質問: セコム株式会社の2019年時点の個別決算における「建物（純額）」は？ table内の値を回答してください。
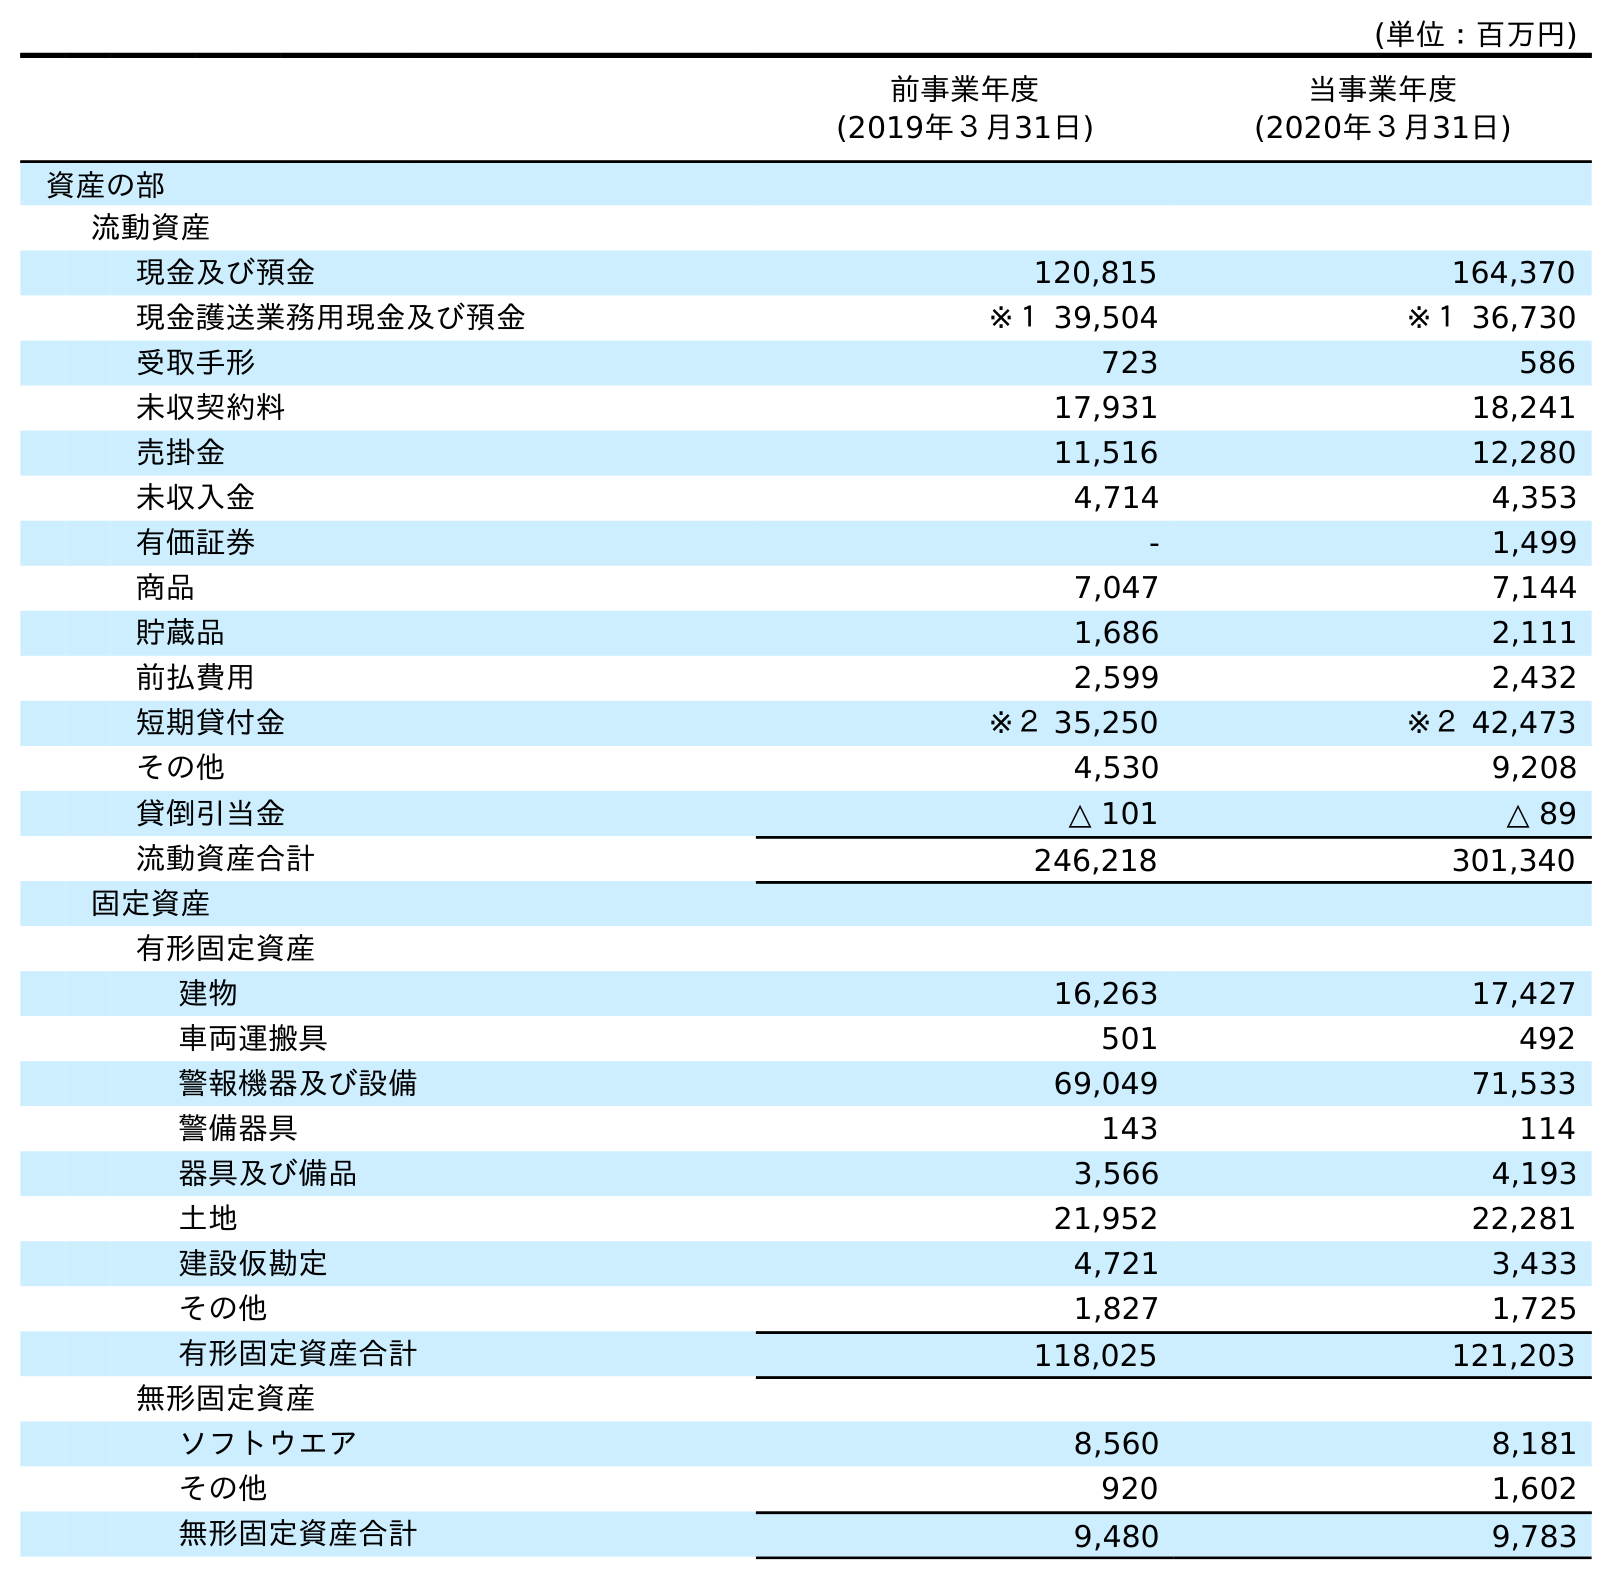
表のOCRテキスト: (単位：百万円) 前事業年度 (2019年３月31日) 当事業年度 (2020年３月31日) 資産の部 流動資産 現金及び預金 120,815 164,370 現金護送業務用現金及び預金 ※１ 39,504 ※１ 36,730 受取手形 723 586 未収契約料 17,931 18,241 売掛金 11,516 12,280 未収入金 4,714 4,353 有価証券 - 1,499 商品 7,047 7,144 貯蔵品 1,686 2,111 前払費用 2,599 2,432 短期貸付金 ※２ 35,250 ※２ 42,473 その他 4,530 9,208 貸倒引当金 △ 101 △ 89 流動資産合計 246,218 301,340 固定資産 有形固定資産 建物 16,263 17,427 車両運搬具 501 492 警報機器及び設備 69,049 71,533 警備器具 143 114 器具及び備品 3,566 4,193 土地 21,952 22,281 建設仮勘定 4,721 3,433 その他 1,827 1,725 有形固定資産合計 118,025 121,203 無形固定資産 ソフトウエア 8,560 8,181 その他 920 1,602 無形固定資産合計 9,480 9,783
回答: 16,263